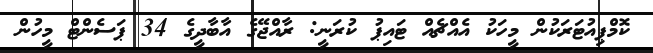
ކޮމްޕިއުޓަރަކުން މީހަކު އެއްޗެއް ޓައިޕު ކުރަނީ: ރާއްޖޭގެ އާބާދީގެ 34 ޕަސެންޓް މީހުން